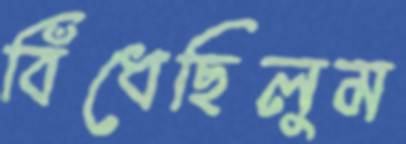
বিঁধেছিলুম